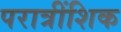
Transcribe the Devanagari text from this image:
परात्रींशिक